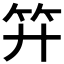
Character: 𥫠